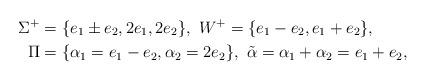
LaTeX: \begin{align*}\Sigma^{+}&=\{ e_{1}\pm e_{2}, 2e_{1}, 2e_{2}\},\ W^{+}=\{ e_{1}-e_{2}, e_{1}+e_{2} \}, \\\Pi& =\{\alpha_{1}=e_{1}-e_{2}, \alpha_{2}= 2e_{2}\},\ \tilde{\alpha}=\alpha_{1}+\alpha_{2} =e_{1}+e_{2},\end{align*}